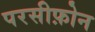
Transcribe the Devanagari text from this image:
परसीफ़ोन